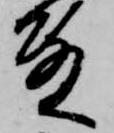
殿